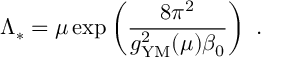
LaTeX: \Lambda _ { * } = \mu \exp \left( { \frac { 8 \pi ^ { 2 } } { g _ { \mathrm { { \small Y M } } } ^ { 2 } ( \mu ) \beta _ { 0 } } } \right) ~ .